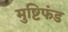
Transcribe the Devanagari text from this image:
मुष्टिफंड